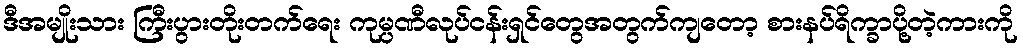
ဒီအမျိုးသား ကြီးပွားတိုးတက်ရေး ကုမ္ပဏီလုပ်ငန်းရှင်တွေအတွက်ကျတော့ စားနပ်ရိက္ခာပို့တဲ့ကားကို